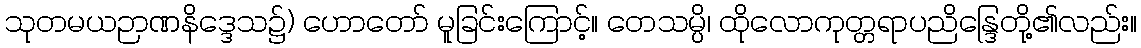
သုတမယဉာဏနိဒ္ဒေသ၌) ဟောတော် မူခြင်းကြောင့်။ တေသမ္ပိ၊ ထိုလောကုတ္တရာပညိန္ဒြေတို့၏လည်း။